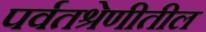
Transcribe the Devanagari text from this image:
पर्वतश्रेणीतील